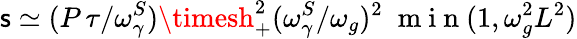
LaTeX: \mathsf{s}\simeq({P\, \tau}/{\omega_{\gamma}^{S}})\timesh_{+}^{2}({\omega_{\gamma}^{S}}/{\omega_{g}})^{2}\; \mathrm{{~m~i~n~}}(1,\omega_{g}^{2}L^{2})